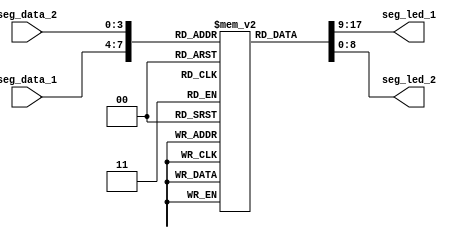
// ********************************************************************
// >>>>>>>>>>>>>>>>>>>>>>>>> COPYRIGHT NOTICE <<<<<<<<<<<<<<<<<<<<<<<<<
// ********************************************************************
// Module name  : segment
// Description  : segment initial
// Web          : www.stepfpga.com
// 
// --------------------------------------------------------------------
// Code Revision History : 
// --------------------------------------------------------------------
// Version: |Mod. Date:   |Changes Made:
// V1.0     |2017/03/02   |Initial ver
// --------------------------------------------------------------------
// Module Function:
 
module segment_LED (seg_data_1,seg_data_2,seg_led_1,seg_led_2);
 
	input [3:0] seg_data_1;						//0~94
	input [3:0] seg_data_2;						//
	output [8:0] seg_led_1;						//9 MSB~LSB=DIGDPGFEDCBA
	output [8:0] seg_led_2;						//  MSB~LSB=DIGDPGFEDCBA
 
        reg [8:0] seg [15:0];                   //reg10*9109
 
        initial                                 //regVerilogalwaysinitial
                                                //initialalways
	    begin
          seg[0] = 9'h3f;                       //9'b00_0011_1111,DP7  0
	      seg[1] = 9'h06;                       //7  1
	      seg[2] = 9'h5b;                       //7  2
	      seg[3] = 9'h4f;                       //7  3
	      seg[4] = 9'h66;                       //7  4
	      seg[5] = 9'h6d;                       //7  5
	      seg[6] = 9'h7d;                       //7  6
	      seg[7] = 9'h07;                       //7  7
	      seg[8] = 9'h7f;                       //7  8
	      seg[9] = 9'h6f;                       //7  9
		  seg[10]= 9'hf7;						//	a
		  seg[11]= 9'h7c;	   					//  b
		  seg[12]= 9'h39;    					//  C           
		  seg[13]= 9'h5e;    					//  d
		  seg[14]= 9'h79;    					//  E
		  seg[15]= 9'h71;    					//  F
            end
 
        assign seg_led_1 = seg[seg_data_1];                         //9
        assign seg_led_2 = seg[seg_data_2];
 
endmodule